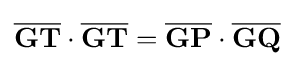
{\overline {\mathbf {GT} }}\cdot {\overline {\mathbf {GT} }}={\overline {\mathbf {GP} }}\cdot {\overline {\mathbf {GQ} }}